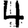
Digit: 4